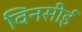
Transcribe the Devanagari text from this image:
विनसीई